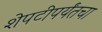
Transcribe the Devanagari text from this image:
शेपटीपर्यंतचा